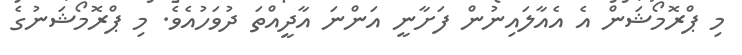
މި ޕްރޮމޯޝަން އެ އެއާލައިނުން ފަށާނީ އަންނަ އާދީއްތަ ދުވަހުއެވެ. މި ޕްރޮމޯޝަނުގެ